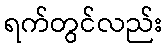
ရက်တွင်လည်း